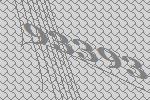
93393